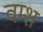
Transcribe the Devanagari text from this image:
वम्श